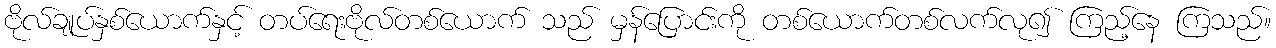
ဗိုလ်ချုပ်နှစ်ယောက်နှင့် တပ်ရေးဗိုလ်တစ်ယောက် သည် မှန်ပြောင်းကို တစ်ယောက်တစ်လက်လု၍ ကြည့်နေ ကြသည်။